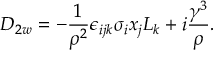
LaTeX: { \cal D } _ { 2 w } = - { \frac { 1 } { { \rho } ^ { 2 } } } { \epsilon } _ { i j k } { \sigma } _ { i } x _ { j } { \cal L } _ { k } + i { \frac { { \gamma } ^ { 3 } } { \rho } } .